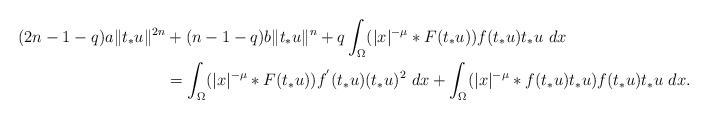
LaTeX: \begin{align*} (2n-1-q)a \|t_*u\|^{2n} &+(n-1-q) b \|t_*u\|^n + q\int_{\Omega}(|x|^{-\mu}*F(t_*u))f(t_*u)t_*u ~dx\\ &=\int_{\Omega}(|x|^{-\mu}*F(t_*u))f^{'}(t_*u) (t_*u)^2 ~dx +\int_{\Omega} (|x|^{-\mu}*f(t_*u)t_*u)f(t_*u)t_*u ~dx.\end{align*}